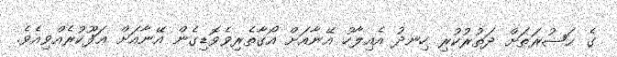
ގެ ޙަޟުރަތަށް ދަތުރުކުރި ހިނދު އެއިލާހު އޭނާއަށް އޯގާތެރިވެވޮޑިގެން އޭނާއަށް ޢަފޫކުރެއްވިއެވެ.